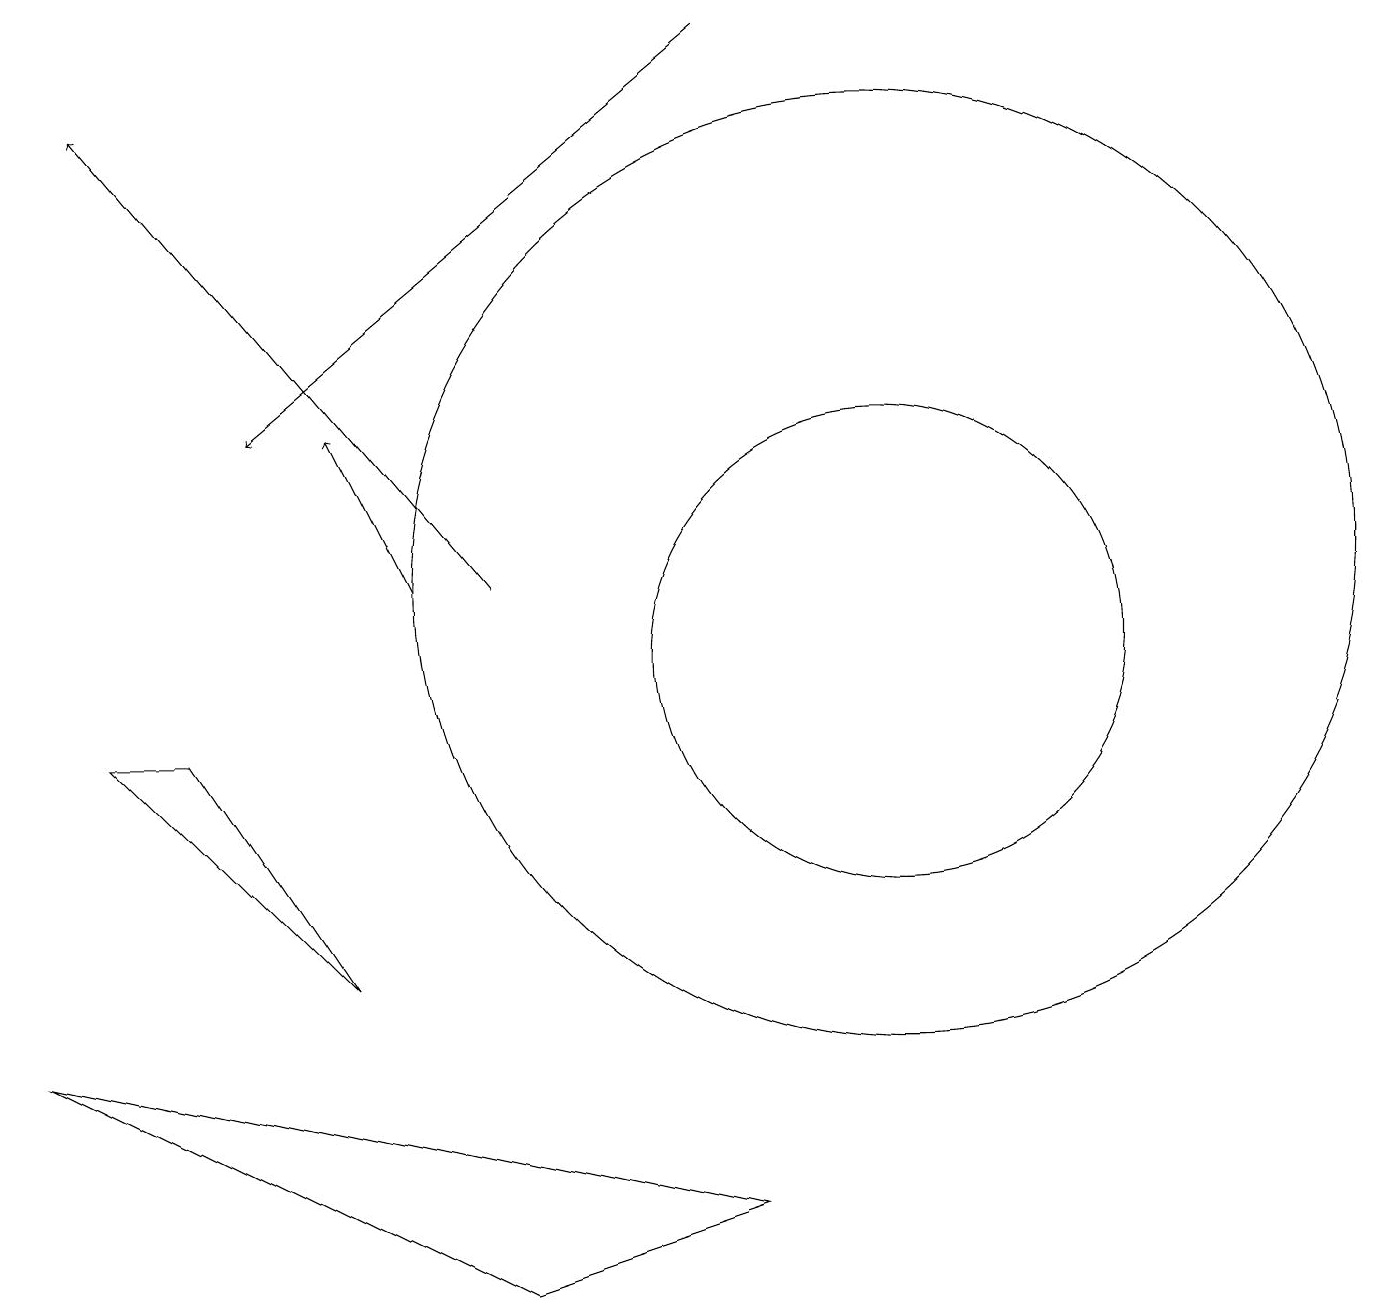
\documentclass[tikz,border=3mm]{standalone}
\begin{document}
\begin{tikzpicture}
\draw (11,11) circle (6);
\draw[->] (9,18) -- (3,13);
\draw[->] (6,11) -- (1,17);
\draw[->] (5,11) -- (4,13);
\draw (9,3) -- (6,2) -- (0,5) -- cycle;
\draw (11,10) circle (3);
\draw (1,9) -- (2,9) -- (4,6) -- cycle;
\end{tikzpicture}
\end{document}